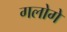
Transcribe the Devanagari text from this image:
गलोगे